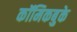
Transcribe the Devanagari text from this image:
कॉमिकबुके